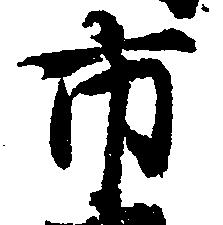
市